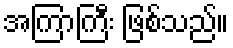
အကြာကြီး ဖြစ်သည်။